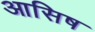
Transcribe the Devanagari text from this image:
आसिष